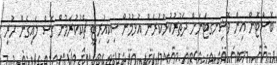
ބޮސްޓޮން އިން ވޮޝިނގޓަނަށް ދަތުރުކުރުކުރަން އުޅުމުން ސިކިއުރިޓީ ޗެކުކުރަމުން ގޮސް ލައިގެން ހުުރި